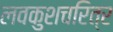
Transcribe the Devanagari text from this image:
लवकुशचरित्र